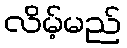
လိမ့်မည်